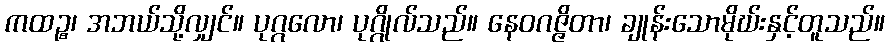
ကထဉ္စ၊ အဘယ်သို့လျှင်။ ပုဂ္ဂလော၊ ပုဂ္ဂိုလ်သည်။ နေဝဂဇ္ဇိတာ၊ ချုန်းသောမိုဃ်းနှင့်တူသည်။